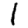
Digit: 1